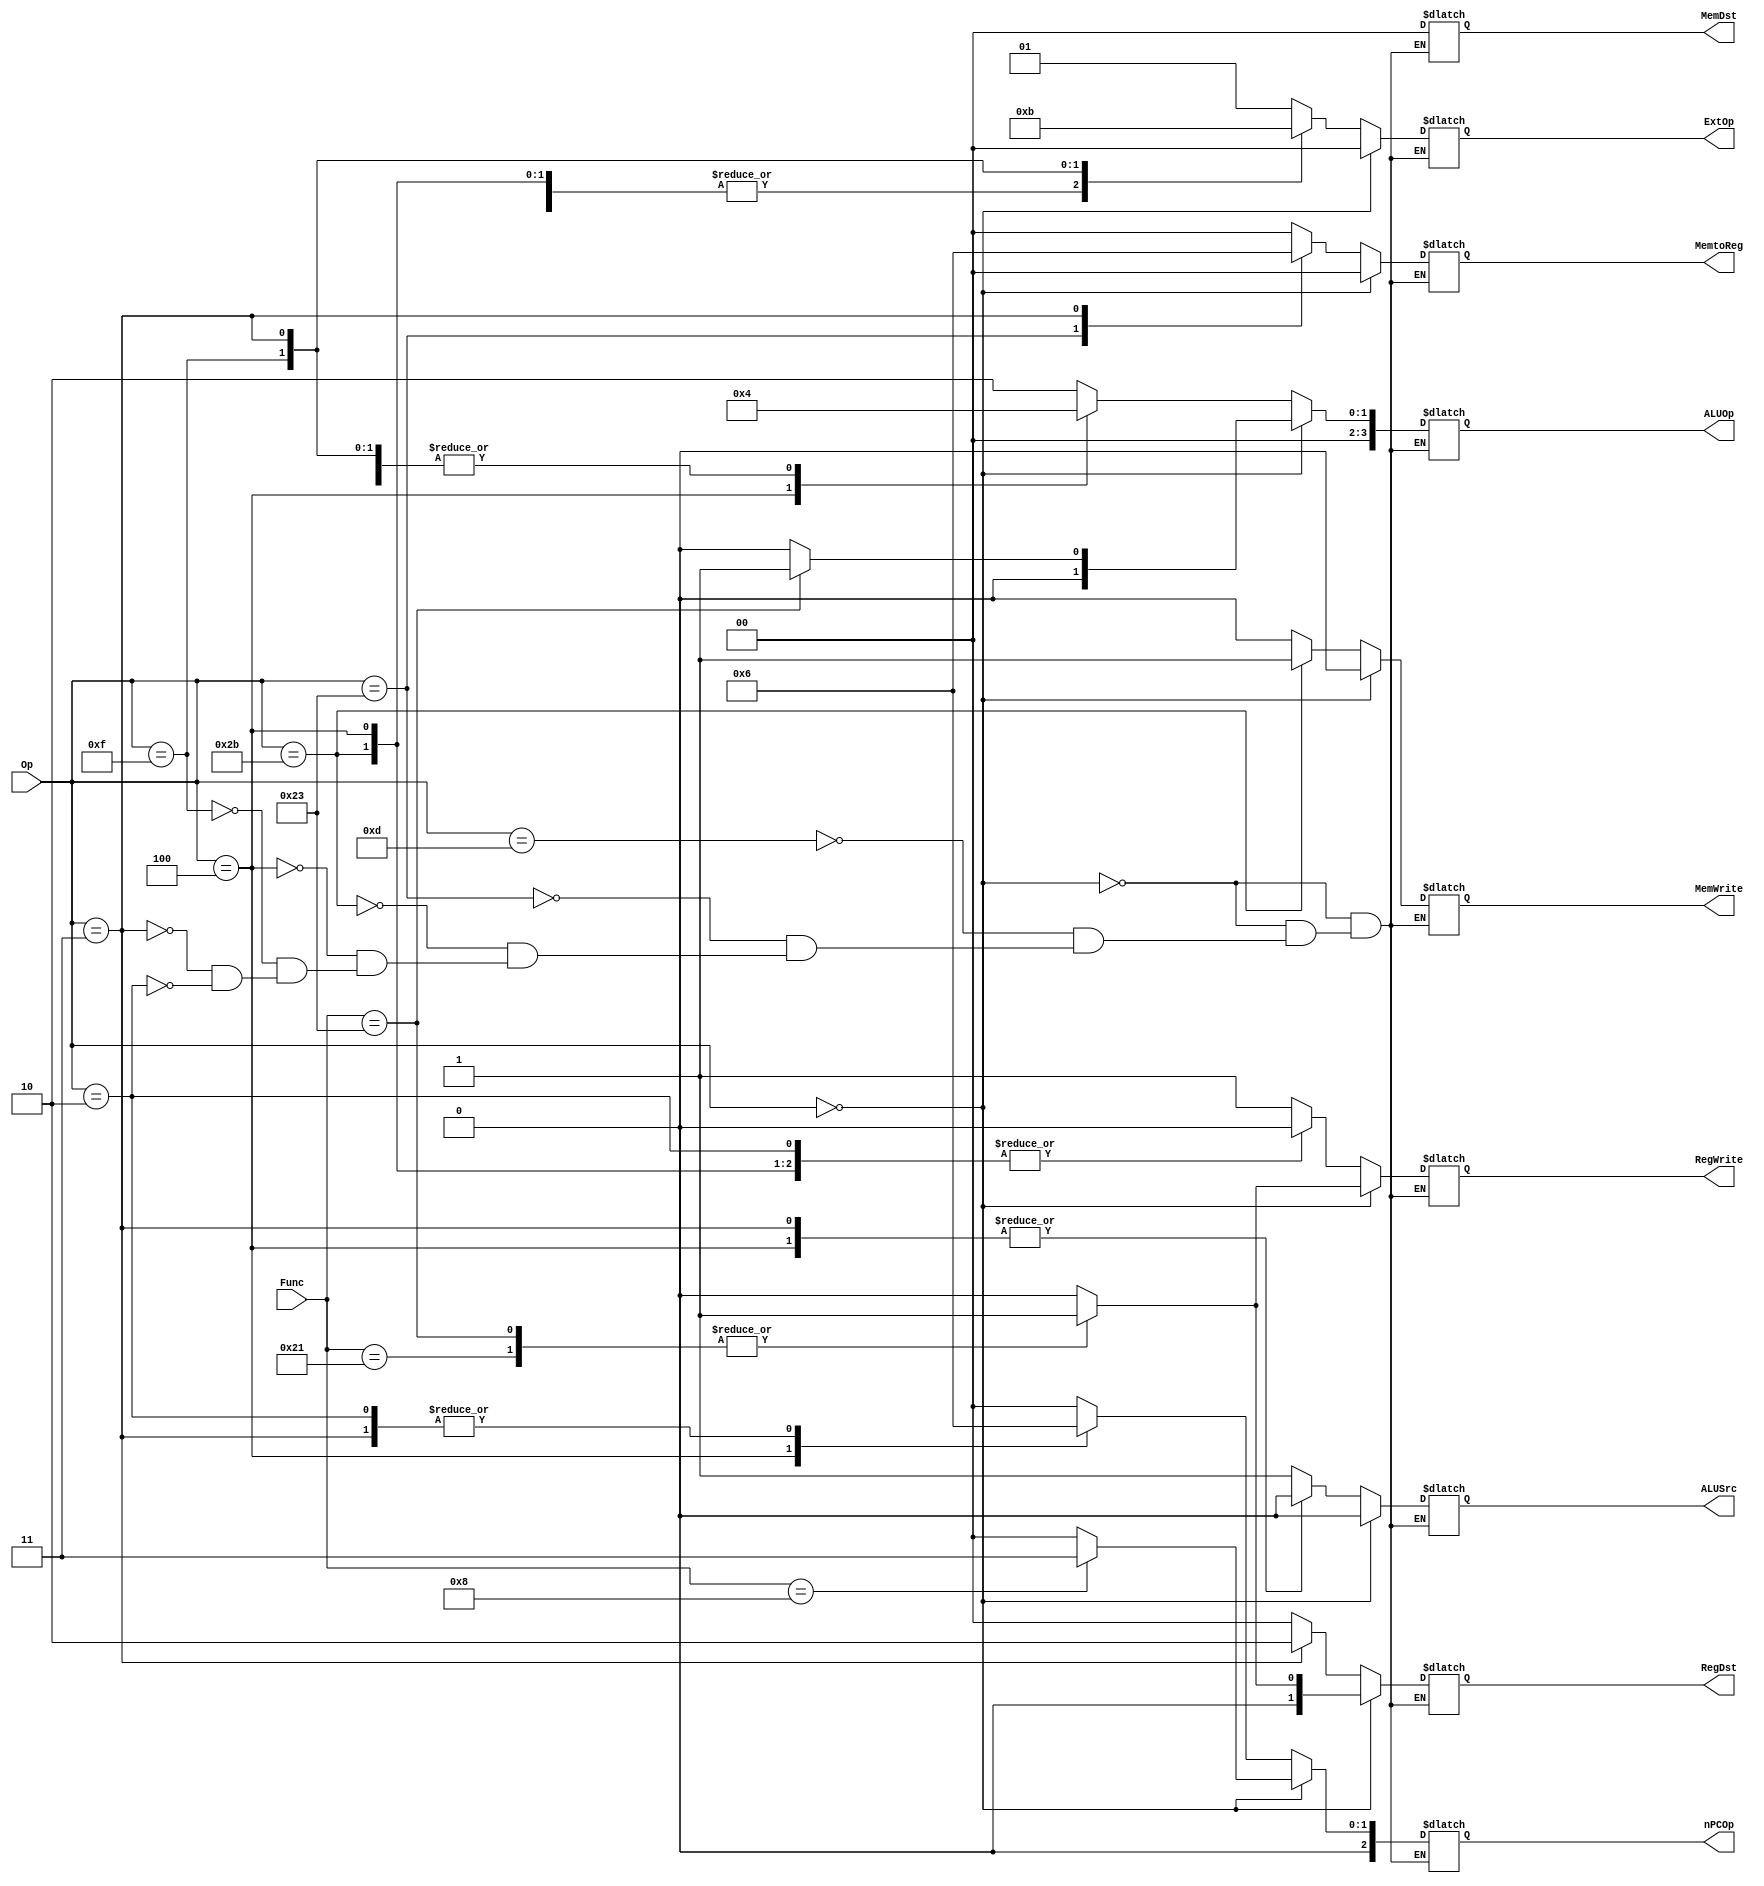
`timescale 1ns / 1ps
//////////////////////////////////////////////////////////////////////////////////
// Company: 
// Engineer: 
// 
// Design Name: 
// Module Name:    control 
// Project Name: 
// Target Devices: 
// Tool versions: 
// Description: 
//
// Dependencies: 
//
// Revision: 
// Revision 0.01 - File Created
// Additional Comments: 
//
//////////////////////////////////////////////////////////////////////////////////
module ctrl(
    input [5:0] Op,
    input [5:0] Func,
    output [1:0] RegDst,
    output RegWrite,
    output ALUSrc,
    output MemWrite,
    output [1:0] MemtoReg,
	 output [1:0] MemDst,
    output [1:0] ExtOp,
    output [3:0] ALUOp,
	 output [2:0] nPCOp
    );
	 
	 reg [1:0] regdst;
    reg regwrite;
    reg alusrc;
    reg memwrite;
    reg [1:0] memtoreg;
	 reg [1:0] memdst;
    reg [1:0] extop;
    reg [3:0] aluop;
	 reg [2:0] npcop;
	 
	parameter addu_f = 6'b100001,
				 subu_f = 6'b100011,
				 jr_f   = 6'b001000,
				 ori    = 6'b001101,
				 lw     = 6'b100011,
				 sw     = 6'b101011,
				 beq    = 6'b000100,
				 lui    = 6'b001111,
				 jal    = 6'b000011,
				 j		  = 6'b000010;

	always @ (Op or Func) begin
		if(Op == 6'b0) begin
			case(Func)
				addu_f:begin
							regdst	= 2'b01;
							regwrite = 1;
							alusrc	= 0;
							memwrite = 0;
							memtoreg = 2'b00;
							memdst	= 2'bxx;
							extop    = 2'bxx;
							aluop    = 4'b0000;
							npcop		= 3'b000;
						 end
				subu_f:begin
							regdst	= 2'b01;
							regwrite = 1;
							alusrc	= 0;
							memwrite = 0;
							memtoreg = 2'b00;
							memdst	= 2'bxx;
							extop    = 2'bxx;
							aluop    = 4'b0001;
							npcop		= 3'b000;
						end
				jr_f:	begin
							regdst	= 2'bxx;
							regwrite = 0;
							alusrc	= 0;
							memwrite = 0;
							memtoreg = 2'b00;
							memdst	= 2'bxx;
							extop    = 2'bxx;
							aluop    = 4'b0000;
							npcop		= 3'b011;
						end
				default:begin
							regdst	= 2'b00;
							regwrite = 0;
							alusrc	= 0;
							memwrite = 0;
							memtoreg = 2'b00;
							memdst	= 2'b00;
							extop    = 2'b00;
							aluop    = 4'b0000;
							npcop		= 3'b000;
						end
			endcase
		end
		else begin
			case(Op)
				ori:	begin
							regdst	= 2'b00;
							regwrite = 1;
							alusrc	= 1;
							memwrite = 0;
							memtoreg = 2'b00;
							memdst	= 2'bxx;
							extop    = 2'b01;
							aluop    = 4'b0010;
							npcop		= 3'b000;
						end
				lw:	begin
							regdst	= 2'b00;
							regwrite = 1;
							alusrc	= 1;
							memwrite = 0;
							memtoreg = 2'b01;
							memdst	= 2'b00;
							extop    = 2'b00;
							aluop    = 4'b0000;
							npcop		= 3'b000;
						end
				sw:	begin
							regdst	= 2'bxx;
							regwrite = 0;
							alusrc	= 1;
							memwrite = 1;
							memtoreg = 2'b00;
							memdst	= 2'b00;
							extop    = 2'b00;
							aluop    = 4'b0000;
							npcop		= 3'b000;
						end
				beq:	begin
							regdst	= 2'bxx;
							regwrite = 0;
							alusrc	= 0;
							memwrite = 0;
							memtoreg = 2'b00;
							memdst	= 2'bxx;
							extop    = 2'b00;
							aluop    = 4'b0001;
							npcop		= 3'b001;
						end
				lui:	begin
							regdst	= 2'b00;
							regwrite = 1;
							alusrc	= 1;
							memwrite = 0;
							memtoreg = 2'b00;
							memdst	= 2'bxx;
							extop    = 2'b10;
							aluop    = 4'b0000;
							npcop		= 3'b000;
						end
				jal:	begin
							regdst	= 2'b10;
							regwrite = 1;
							alusrc	= 0;
							memwrite = 0;
							memtoreg = 2'b10;
							memdst	= 2'bxx;
							extop    = 2'b11;
							aluop    = 4'b0000;
							npcop		= 3'b010;
						end
				j	:	begin
							regdst	= 2'bxx;
							regwrite = 0;
							alusrc	= 1'bx;
							memwrite = 0;
							memtoreg = 2'bxx;
							memdst	= 2'bxx;
							extop    = 2'bxx;
							aluop    = 4'bxxxx;
							npcop		= 3'b010;
						end
			endcase
		end
	end

	assign	RegDst 	= regdst;
	assign	RegWrite = regwrite;
	assign	ALUSrc 	= alusrc;
	assign	MemWrite = memwrite;
	assign	MemtoReg = memtoreg;
	assign	MemDst	= memdst;
	assign	ExtOp 	= extop;
	assign	ALUOp 	= aluop;
	assign	nPCOp 	= npcop;


endmodule